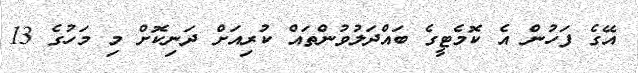
އޭގެ ފަހުން އެ ކޮމެޓީގެ ބައްދަލުވުންތައް ކުރިއަށް ދަނިކޮށް މި މަހުގެ 13